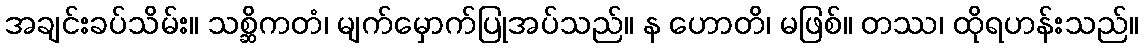
အချင်းခပ်သိမ်း။ သစ္ဆိကတံ၊ မျက်မှောက်ပြုအပ်သည်။ န ဟောတိ၊ မဖြစ်။ တဿ၊ ထိုရဟန်းသည်။